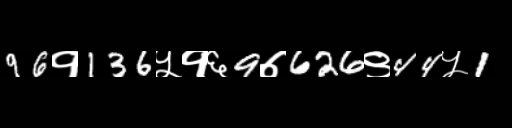
Text: 96१136५१६9७626९44५1